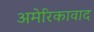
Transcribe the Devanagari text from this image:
अमेरिकावाद